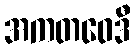
အကတဝေဒီ